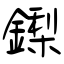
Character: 鏫